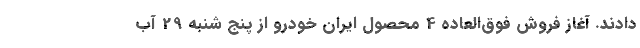
دادند. آغاز فروش فوق‌العاده 4 محصول ایران خودرو از پنج شنبه 29 آب